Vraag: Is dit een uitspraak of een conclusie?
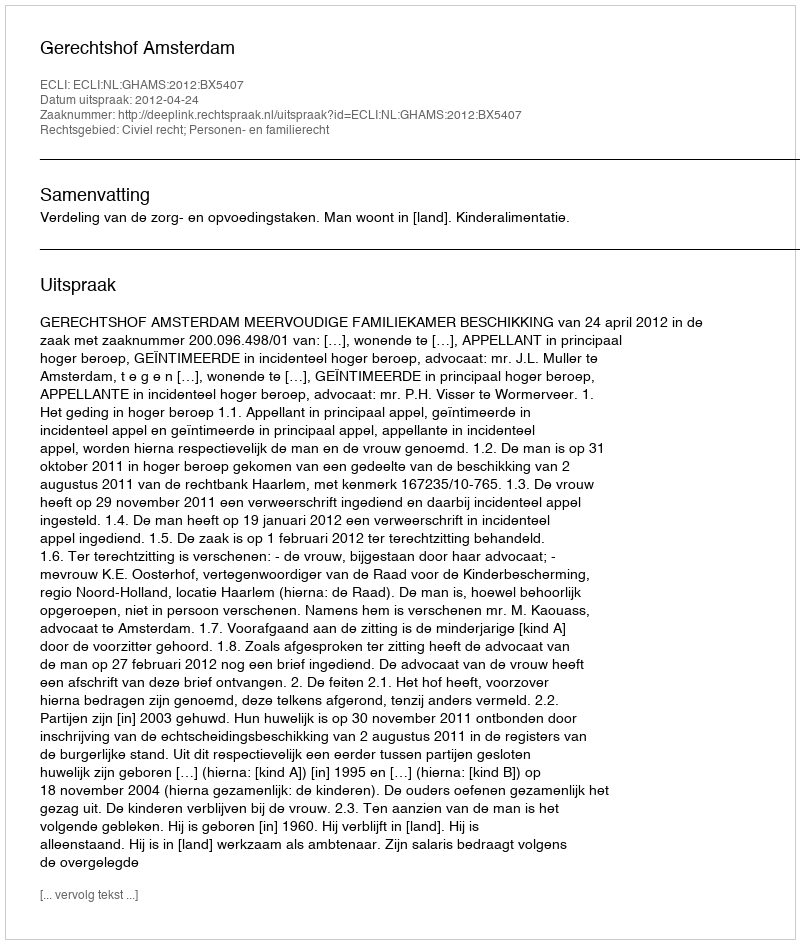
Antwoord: Uitspraak